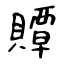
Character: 贉